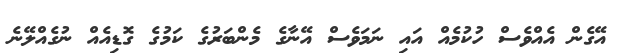
އޭގެން އެއްވެސް ހުކުމެއް އައި ނަމަވެސް އޭނާގެ މެންބަރުގެ ކަމުގެ ގޮޑިއެއް ނުގެއްލޭނެ